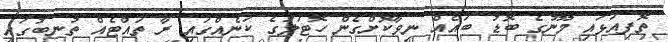
ތޮފިއަޅައި މޫނުގެ ބޮޑު ބައެއް ނިވާކޮށްގެން ހޮޓަލުގެ ކަނެއްގައި ރާ ތައްޓެއް ތުނބުގައި